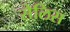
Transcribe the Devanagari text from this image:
सेलिस